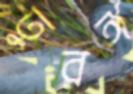
তুরঙ্গ